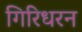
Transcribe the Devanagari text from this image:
गिरिधरन